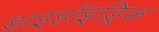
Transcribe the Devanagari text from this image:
डाइहॉइड्रिक